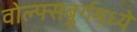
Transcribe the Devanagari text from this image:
वोल्फ्सबुर्गमध्ये